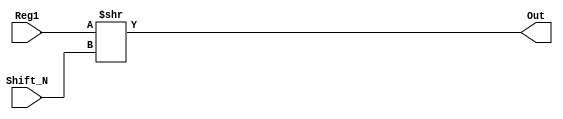
module SHIFT_R (Reg1, Shift_N, Out);

input [15:0] Reg1;
input [3:0] Shift_N;
output [15:0] Out;

assign Out = Reg1 >> Shift_N;

endmodule